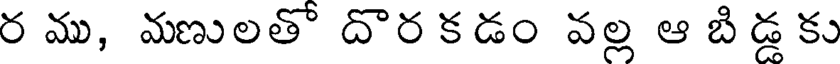
ర ము, మణులతో దొర కడం వల్ల ఆ బి డ్డ కు